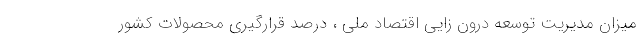
میزان مدیریت توسعه درون­ زایی اقتصاد ملی ، درصد قرارگیری محصولات کشور